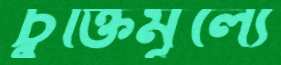
চুক্তিমূল্যে